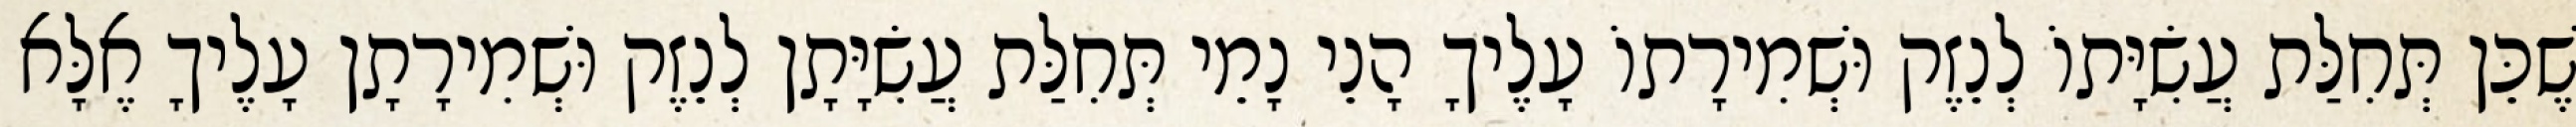
שֶׁכֵּן תְּחִלַּת עֲשִׂיָּתוֹ לְנֵזֶק וּשְׁמִירָתוֹ עָלֶיךָ הָנֵי נָמֵי תְּחִלַּת עֲשִׂיָּתָן לְנֵזֶק וּשְׁמִירָתָן עָלֶיךָ אֶלָּא